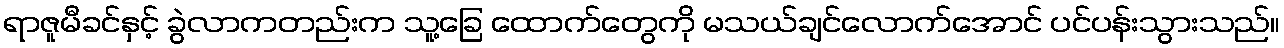
ရာဇူမီခင်နှင့် ခွဲလာကတည်းက သူ့ခြေ ထောက်တွေကို မသယ်ချင်လောက်အောင် ပင်ပန်းသွားသည်။